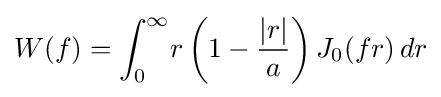
W(f)=\int _{0}^{\infty }\!r\left(1-{\frac {|r|}{a}}\right)J_{0}(fr)\,dr